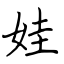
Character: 娃